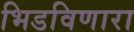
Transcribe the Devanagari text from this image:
भिडविणारा